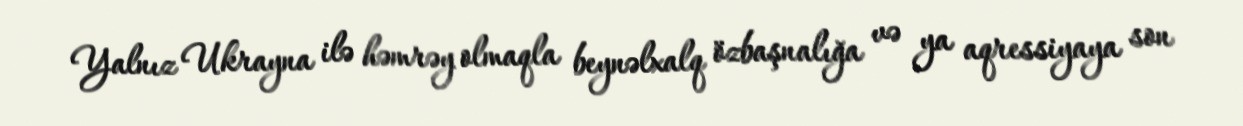
Yalnız Ukrayna ilə həmrəy olmaqla beynəlxalq özbaşnalığa və ya aqressiyaya son